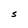
Character: S